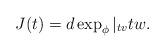
LaTeX: \begin{align*} J(t)= d \exp_\phi |_{tv} tw .\end{align*}